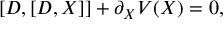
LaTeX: [ D , [ D , X ] ] + \partial _ { X } V ( X ) = 0 ,